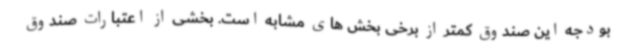
بودجه این صندوق کمتر از برخی بخش های مشابه است. بخشی از اعتبارات صندوق